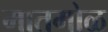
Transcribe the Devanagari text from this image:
मातमोळ